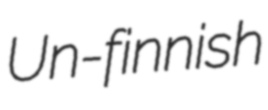
Un-finnish